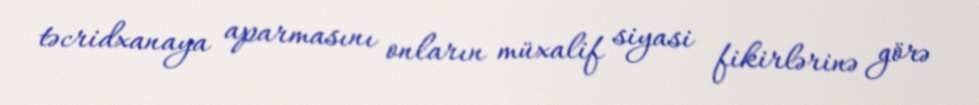
təcridxanaya aparmasını onların müxalif siyasi fikirlərinə görə